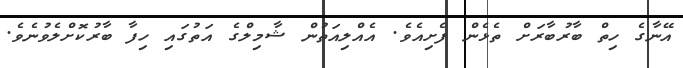
އޭނާގެ ހިތް ބާރުބާރަށް ތެޅެން ފެށިއެވެ. އެއްލިއަތުން ޝާމިލްގެ އަތުގައި ހިފާ ބާރުކޮށްލެވުނެވެ.